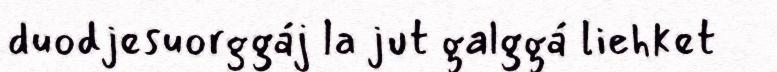
duodjesuorggáj la jut galggá liehket